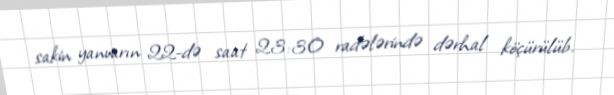
sakin yanvarın 22-də saat 23:30 radələrində dərhal köçürülüb.